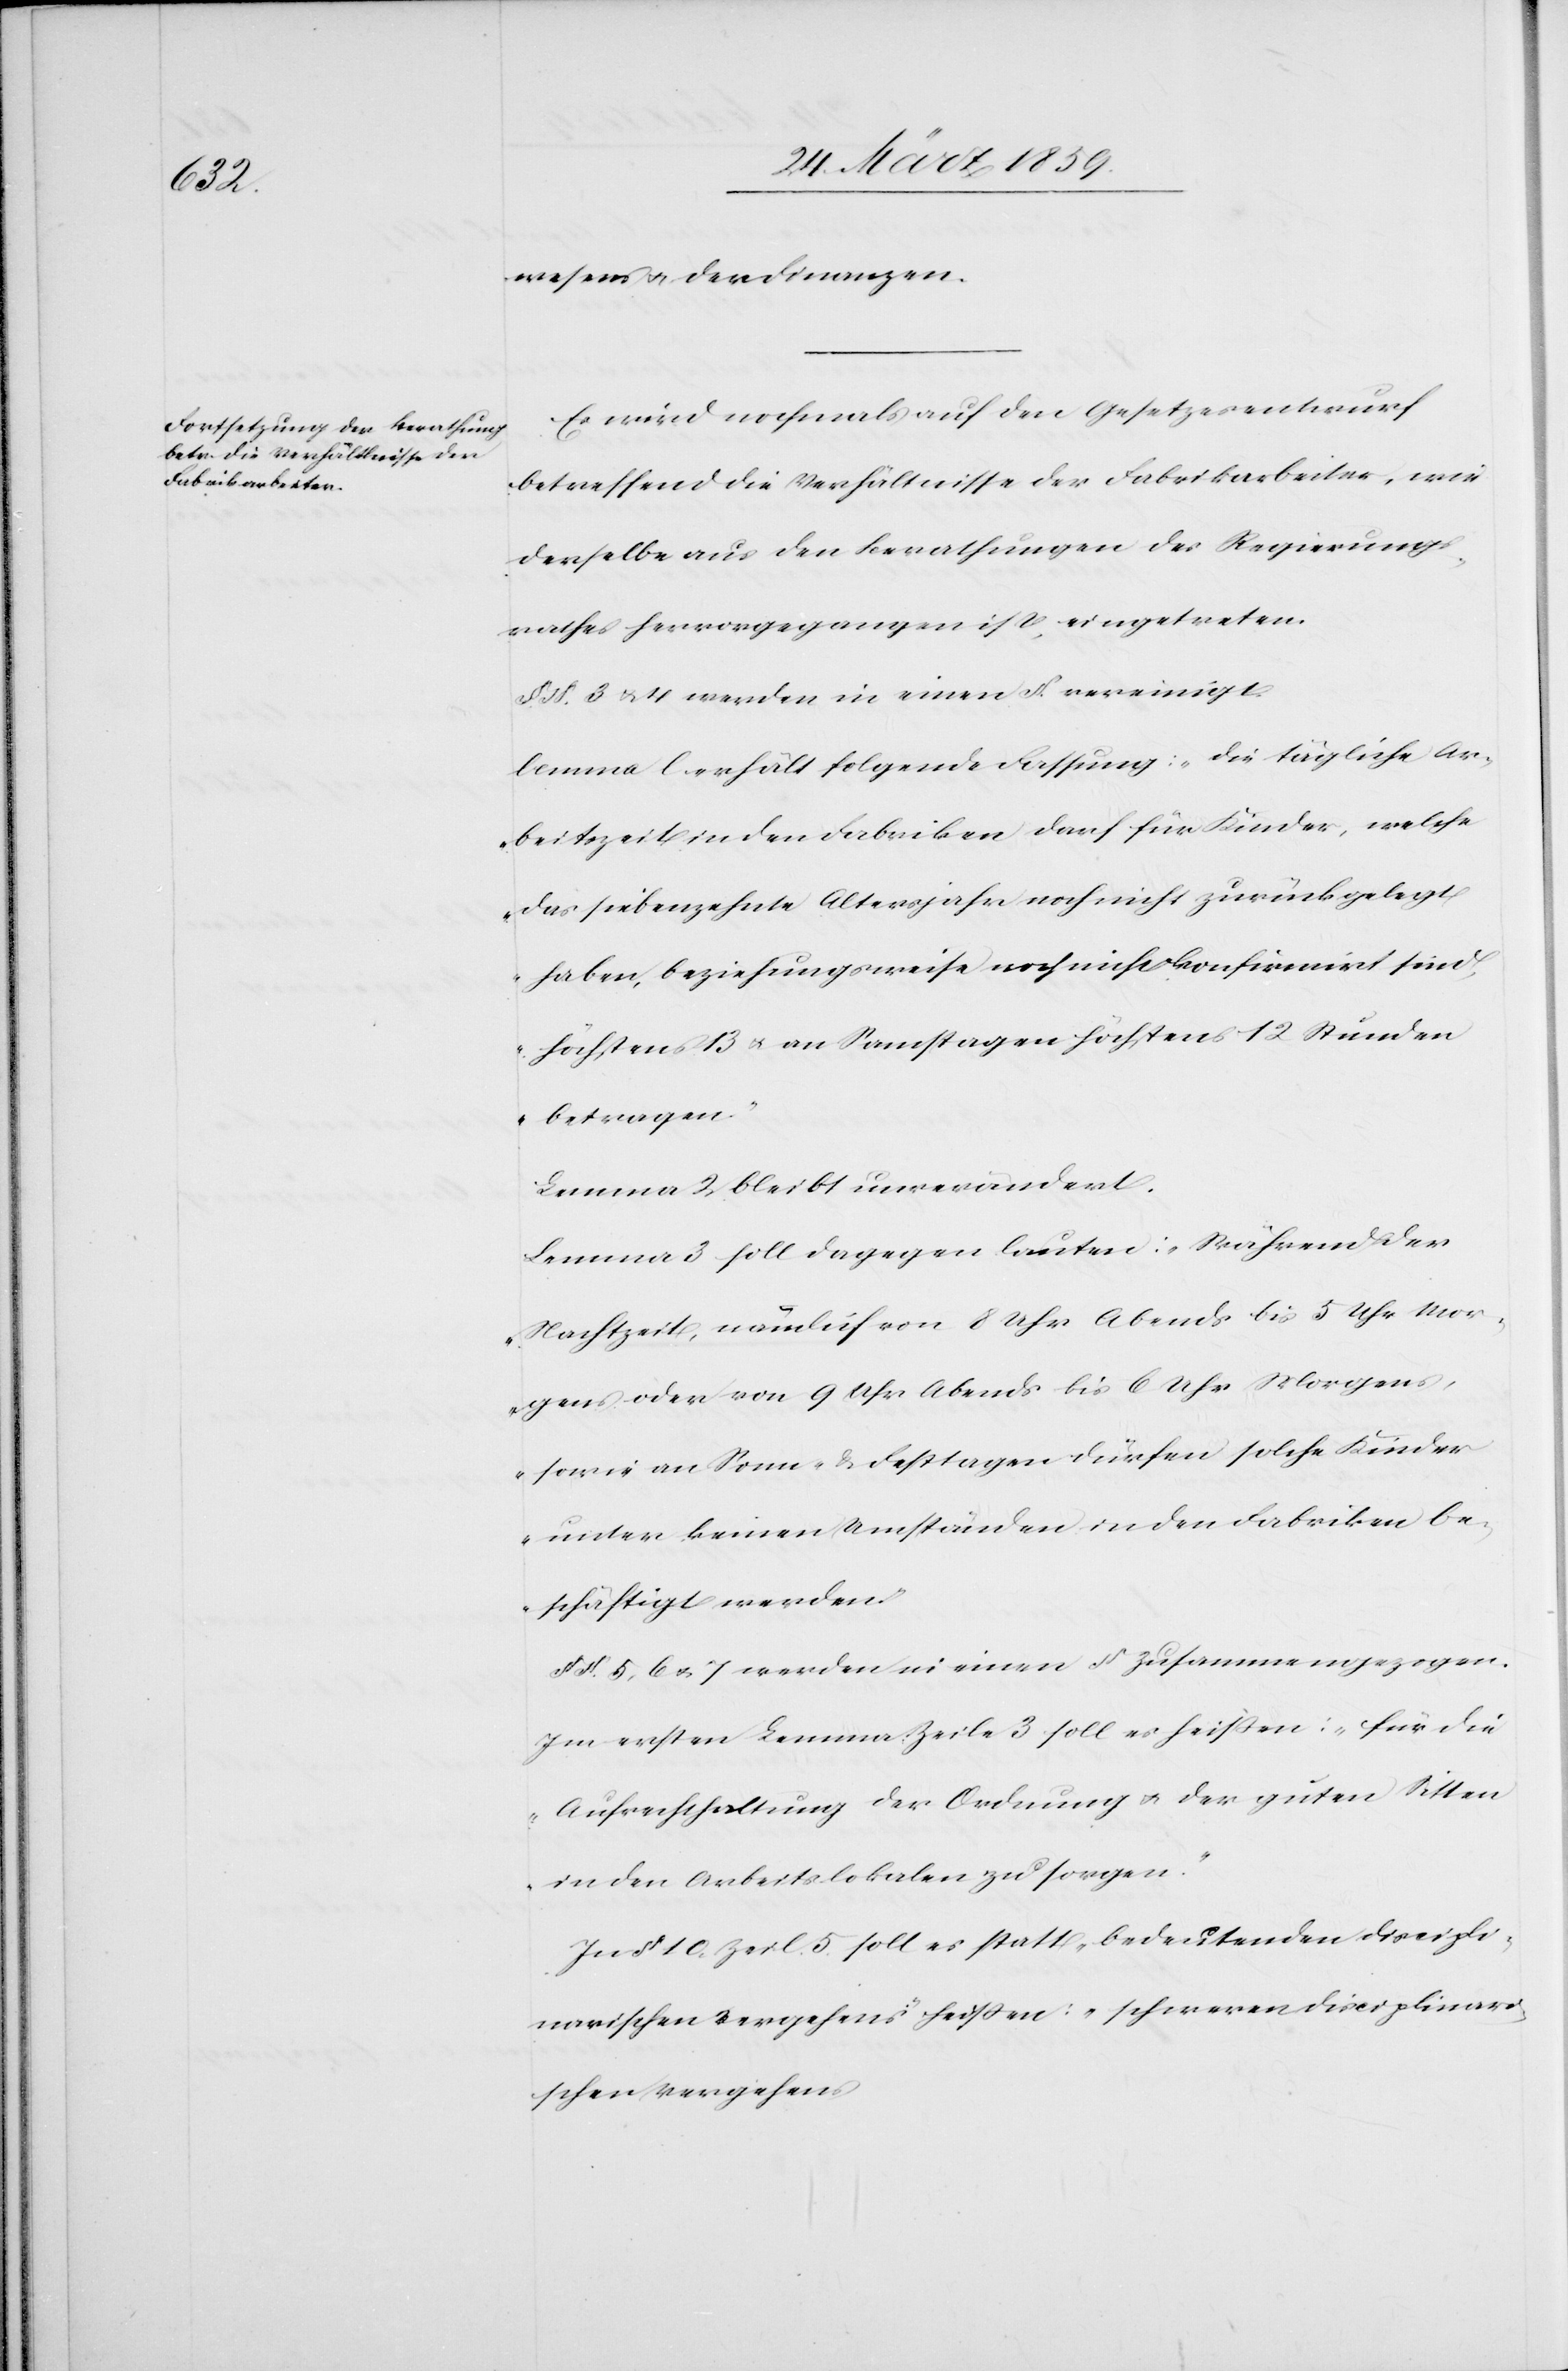
wesens u. der Finanzen.
Es wird nochmals auf den Gesetzesentwurf
betreffend die Verhältnisse der Fabrikarbeiter, wie
derselbe aus den Berathungen des Regierungs¬
rathes hervorgegangen ist, eingetreten.
§. §. 3 u. 4 werden in einen §. vereinigt.
Lemma l erhält folgende Fassung: „Die tägliche Ar¬
beitszeit in den Fabriken darf für Kinder, welche
das siebenzehnte Altersjahr noch nicht zurückgelegt
haben, beziehungsweise noch nicht konfirmirt sind,
höchstens 13 u. an Samstagen höchstens 12 Stunden
betragen.“
Lemma 2 bleibt unverändert.
Lemma 3 soll dagegen lauten: „Während der
Nachtzeit, nämlich von 8 Uhr Abends bis 5 Uhr Mor¬
gens oder von 9 Uhr Abends bis 6 Uhr Morgens,
sowie an Sonn- & Festtagen dürfen solche Kinder
unter keinen Umständen in den Fabriken be¬
schäftigt werden.“
§ §. 5, 6 u. 7 werden in einen § zusammengezogen.
Im ersten Lemma, Zeile 3 soll es heißen: „für die
Aufrechthaltung der Ordnung u. der guten Sitten
in den Arbeitslokalen zu sorgen“.
In § 10. Zeil[e] 5 soll es statt „bedeutenden discipli¬
narischen Vergehens“ heißen: „ schweren disciplinari¬
schen Vergehens[“.]